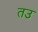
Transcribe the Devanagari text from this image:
तउ